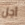
أجل